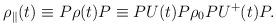
LaTeX: \begin{align*}{\rho}_{\parallel}(t) \equiv P \rho (t) P\equiv P U(t) P {\rho}_{0} P U^{+}(t) P .\end{align*}